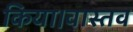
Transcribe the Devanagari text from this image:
किया।वास्तव